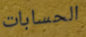
الحسابات